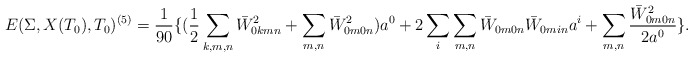
\begin{align*} E(\Sigma,X(T_0),T_0)^{(5)} =\frac{ 1}{90} \{ (\frac{1}{2}\sum_{k, m, n} \bar W_{0kmn}^2+ \sum_{m, n} \bar W_{0m0n}^2 )a^0 + 2\sum_i \sum_{m, n} \bar W_{0m0n}\bar W_{0min} a^i + \sum_{m, n} \frac{\bar W_{0m0n}^2 }{2a^0} \}.\end{align*}